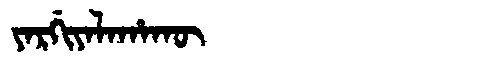
Manchu: ᠶᠠᡵᡤᡳᠶᠠᠯᠠᡥᠠᡴᡡ
Romanization: YARGIYALAHAKŪ